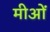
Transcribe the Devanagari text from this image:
मीओं